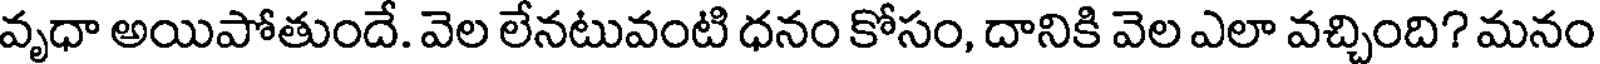
వృధా అయిపోతుందే. వెల లేనటువంటి ధనం కోసం, దానికి వెల ఎలా వచ్చింది? మనం